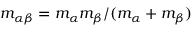
m _ { \alpha \beta } = m _ { \alpha } m _ { \beta } / ( m _ { \alpha } + m _ { \beta } )